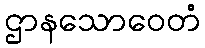
ဌာနသောဝေတံ